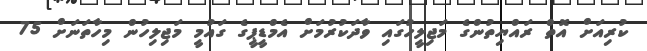
ކުރިއަށް އޮތް ރައްޔިތުންގެ މަޖިލީހުގައި ވާދަކުރުމަށް އެމްޑީޕީގެ ގައުމީ މަޖިލިހުން މިހާތަނަށް 75